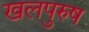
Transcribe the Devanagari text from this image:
खलपुरुष